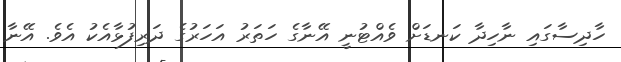
ހާދިސާގައި ނާހިދާ ކަނޑަށް ވެއްޓުނީ އޭނާގެ ހަަތަރު އަހަރުގެ ދަރިފުޅާއެކު އެެވެ. އޭނާ